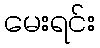
မေးရင်း